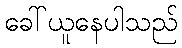
ခေါ်ယူနေပါသည်